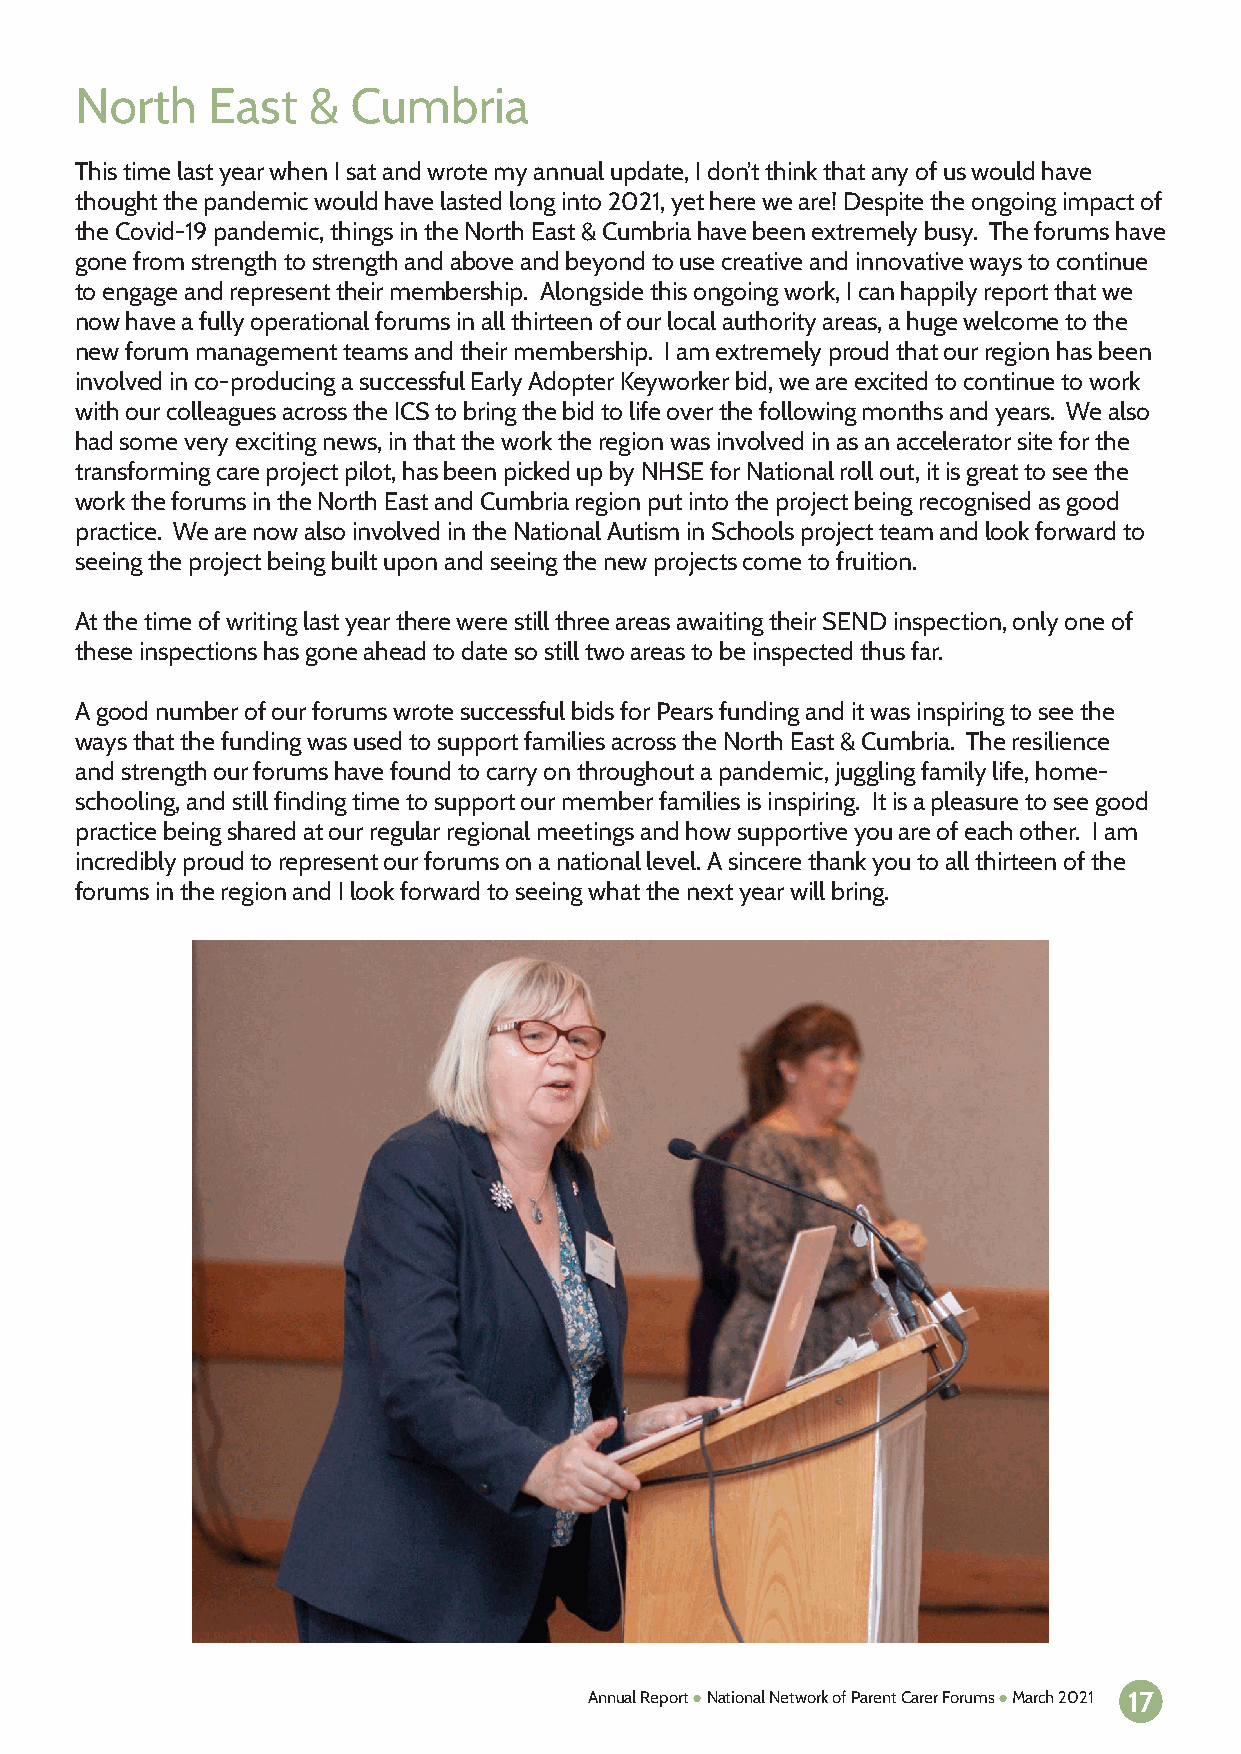
North    East  &  Cumbria
 This time last year when I sat and wrote my annual update, I don’t think that any of us would have
 thought the pandemic would have lasted long into 2021, yet here we are! Despite the ongoing impact of
 the Covid-19 pandemic, things in the North East & Cumbria have been extremely busy. The forums have
 gone from strength to strength and above and beyond to use creative and innovative ways to continue
 to engage and represent their membership. Alongside this ongoing work, I can happily report that we
 now have a fully operational forums in all thirteen of our local authority areas, a huge welcome to the
 new forum management teams and their membership. I am extremely proud that our region has been
 involved in co-producing a successful Early Adopter Keyworker bid, we are excited to continue to work
 with our colleagues across the ICS to bring the bid to life over the following months and years. We also
 had some very exciting news, in that the work the region was involved in as an accelerator site for the
 transforming care project pilot, has been picked up by NHSE for National roll out, it is great to see the
 work the forums in the North East and Cumbria region put into the project being recognised as good
 practice. We are now also involved in the National Autism in Schools project team and look forward to
 seeing the project being built upon and seeing the new projects come to fruition.
 At the time of writing last year there were still three areas awaiting their SEND inspection, only one of
 these inspections has gone ahead to date so still two areas to be inspected thus far.
 A good number of our forums wrote successful bids for Pears funding and it was inspiring to see the
 ways that the funding was used to support families across the North East & Cumbria. The resilience
 and strength our forums have found to carry on throughout a pandemic, juggling family life, home-
 schooling, and still finding time to support our member families is inspiring. It is a pleasure to see good
 practice being shared at our regular regional meetings and how supportive you are of each other. I am
 incredibly proud to represent our forums on a national level. A sincere thank you to all thirteen of the
 forums in the region and I look forward to seeing what the next year will bring.
 Annual Report ● National Network of Parent Carer Forums ● March 2021 17